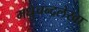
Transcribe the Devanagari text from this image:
मधुचन्द्रलेखा